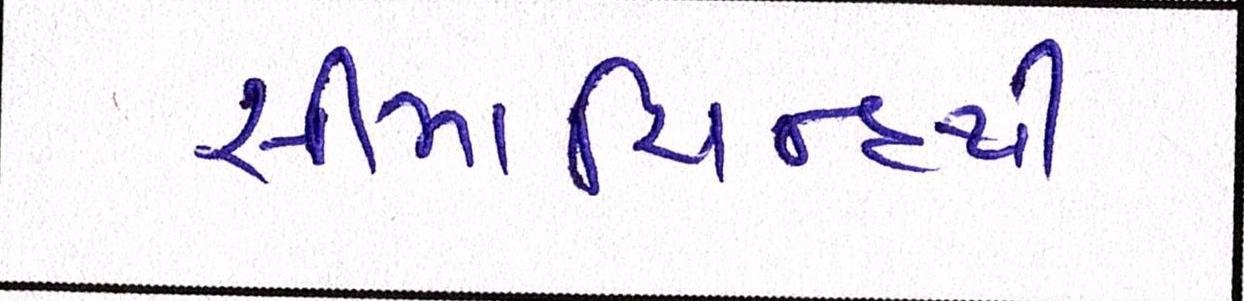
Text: સીમાચિન્હથી